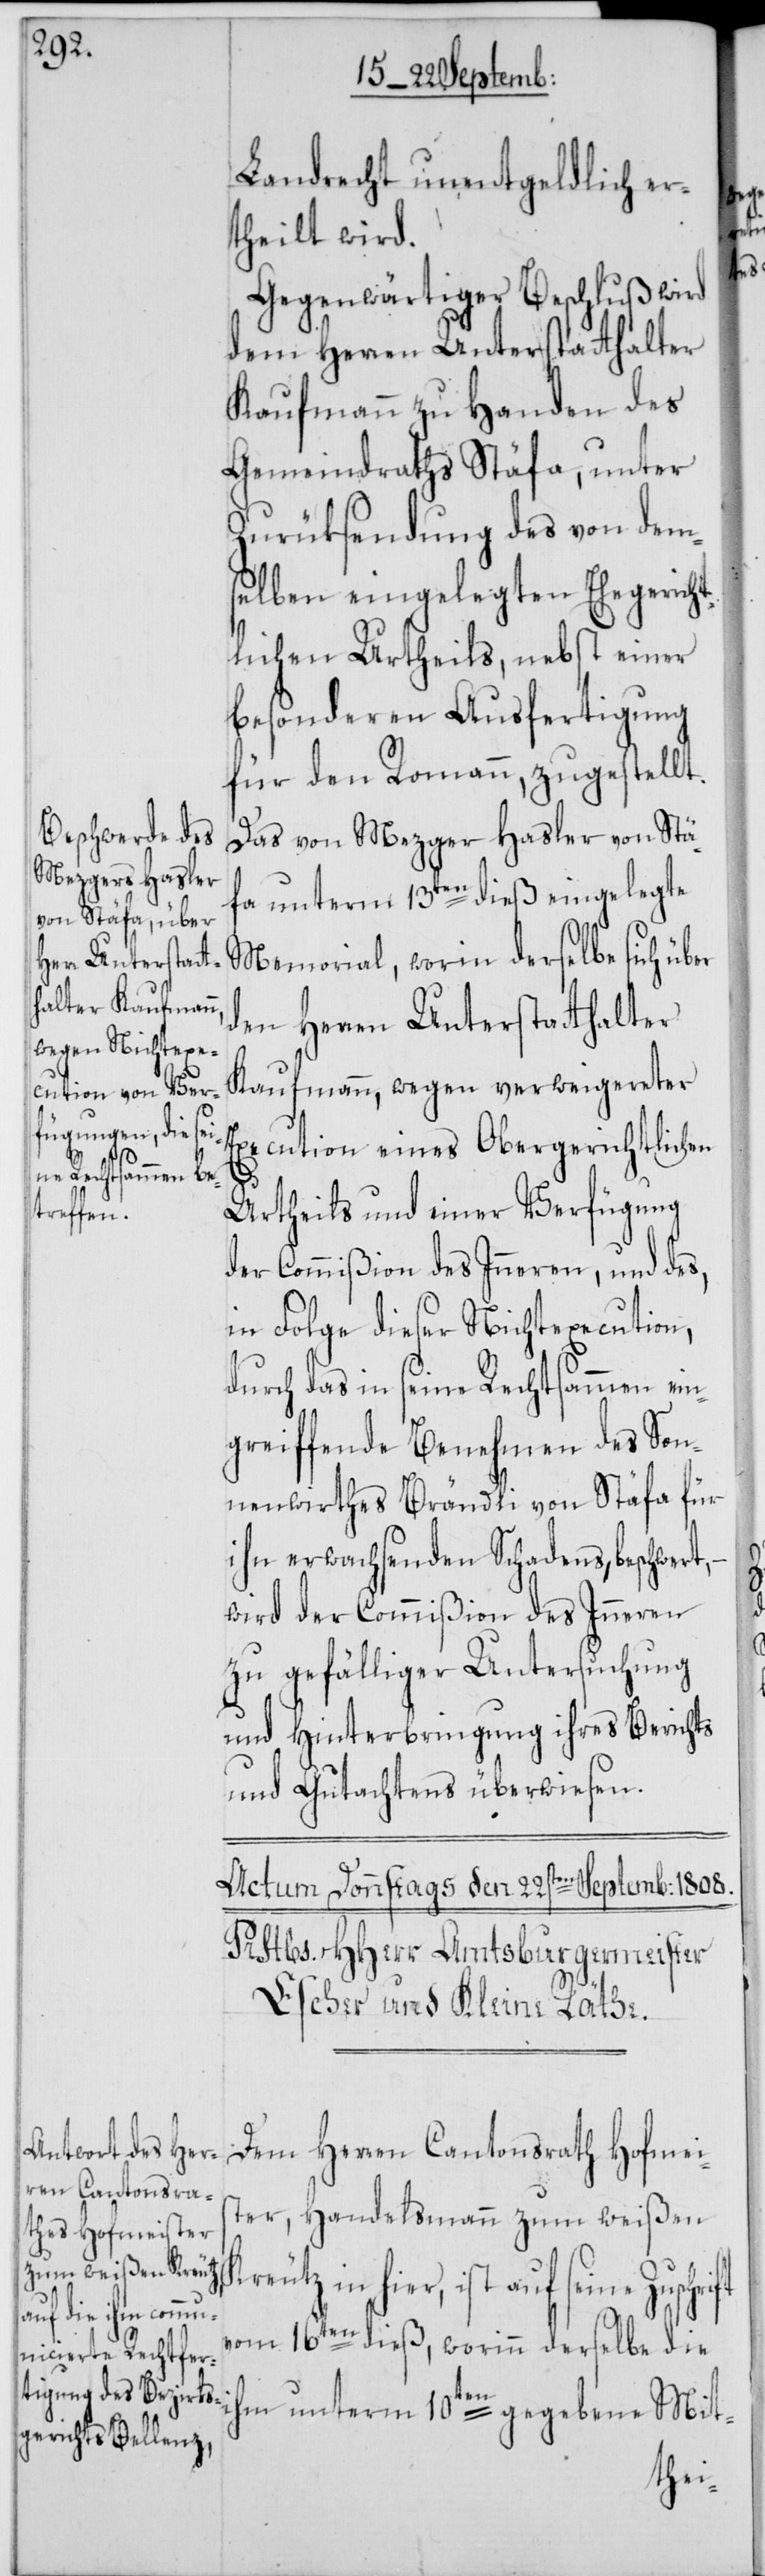
Landrecht unentgeldlich er¬
theilt wird.
Gegenwärtiger Beschluß wird
dem Herren Unterstatthalter
Kaufmann zu Handen des
Gemeindraths Stäfa, unter
Zurüksendung des von dem¬
selben eingelegten Ehegericht¬
lichen Urtheils, nebst einer
besonderen Ausfertigung
für den Romann, zugestellt.
Das von Mezger Hasler von Stä¬
fa unterm 13ten dieß eingelegte
Memorial, worin derselbe sich über
den Herren Unterstatthalter
Kaufmann, wegen verweigereter
Execution eines Obergerichtlichen
Urtheils und einer Verfügung
der Commißion des Inneren, und des,
in Folge dieser Nichtexecution,
durch das in seine Rechtsammen ein¬
greiffende Benehmen des Son¬
nenwirthes Brändli von Stäfa für
ihn erwachsenden Schadens, beschwert,
wird der Commißion des Inneren
zu gefälliger Untersuchung
und Hinterbringung ihres Berichts
und Gutachtens überwiesen.
Dem Herren Cantonsrath Hofmei¬
ster, Handelsmann zum weißen
in hier, ist auf seine
vom 16ten dieß, worinn derselbe die
ihm unterm 10ten gegebene Mit-